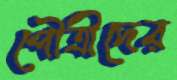
পৌত্রীদের